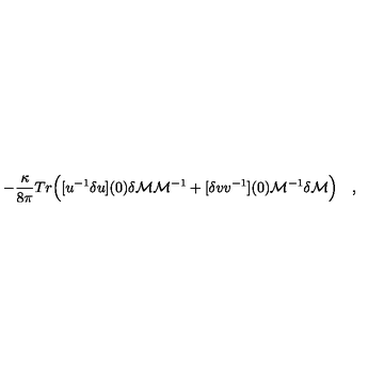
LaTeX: \qquad - { \frac { \kappa } { 8 \pi } } T r \Bigl ( [ u ^ { - 1 } \delta u ] ( 0 ) \delta { \cal M } { \cal M } ^ { - 1 } + [ \delta v v ^ { - 1 } ] ( 0 ) { \cal M } ^ { - 1 } \delta { \cal M } \Bigr ) \quad ,